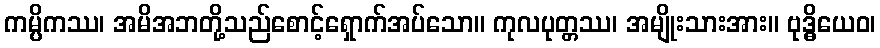
ကမ္ပိကဿ၊ အမိအဘတို့သည်စောင့်ရှောက်အပ်သော။ ကုလပုတ္တဿ၊ အမျိုးသားအား။ ဗုဒ္ဓိယေဝ၊